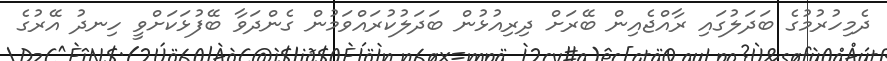
ދެމިހުރުމުގެ ބަދަލުގައި ރާއްޖެއިން ބޭރަށް ދިރިއުޅުން ބަދަލުކުރައްވަމުން ގެންދަވާ ބޭފުޅަކަށްވީ ހިނދު އޭރުގެ